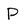
Character: P